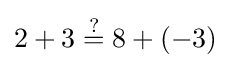
2+3\mathrel {\overset {?}{=}} 8+(-3)